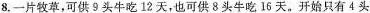
8.一片牧草，可供9头牛吃12天，也可供8头牛吃I6天。开始只有4头